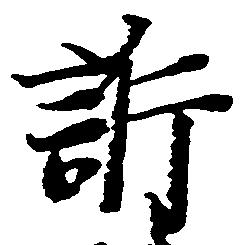
訴